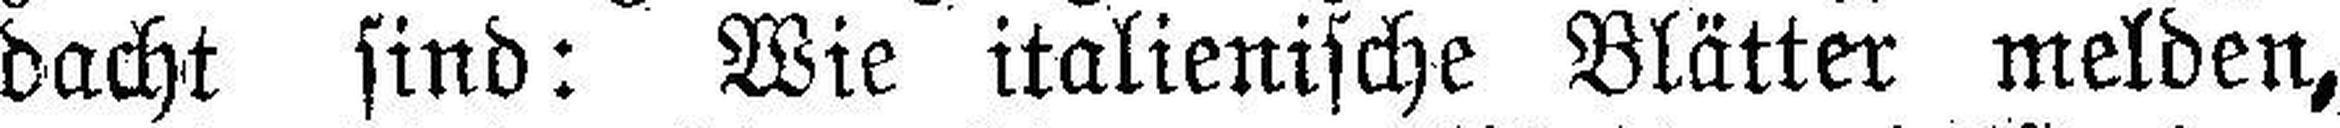
dacht sind: Wie italienische Blätter melden,